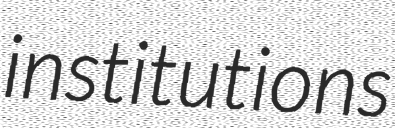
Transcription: institutions